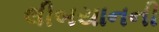
લીબયાનની